Lunatic asylums Central Provinces reports 1874-1885 - 1874-1885
Year: 1874
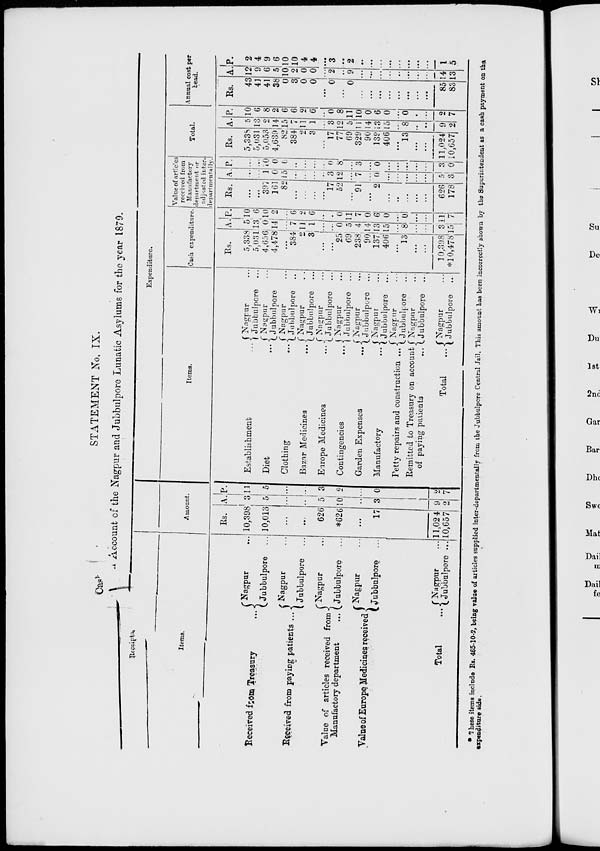
STATEMENT No, IX.
Account of the Nagpur and Jubbulpore Lunatic Asylums for the year 1879.
Receipts.
Items.
Received from Treasury ...
Receired from paying patients ...
Value of articles received from
Manufactory department ...
Value of Europe Medicines received
Total ...
Nagpur ...
Jubbulpore ...
Nagpur ...
Jubbulpore ...
Nagpur ...
Jubbulpore ...
Nagpur ...
Jubbulpore ...
Nagpur ...
Jubbulpore
...
Amount.
Rs.
10,398
10,013
...
... 626
*626
...
17
11,024
10,657
A.
3
5
...
...
5
10
...
3
9
2
P.
11
5
...
...
3
2
...
0
2
7
Expenditure.
Items.
Establishment ...
Diet
...
Clothing
...
Bazar Medicines
...
Europe Medicines
...
Contingencies
...
Garden Expenses
...
Manufactory
...
Petty repairs and construction ...
Remitted to Treasury on account
of paying
patients
...
Total
...
Nagpur ...
Jubbulpore ...
Nagpur ...
Jubbulpore ...
Nagpur ...
Jubbulpore ...
Nagpur
...
Jubbulpore ...
Nagpur ...
Jubbulpore ...
Nagpur ...
Jubbulpore ...
Nagpur ...
Jubbulpore ...
Nagpur ...
Jubbulpore ...
Nagpur ...
Jubbulpore ...
Nagpur ...
Jubbulpore ...
Nagpur ...
Jubbulpore ...
Cash expenditure.
Rs.
5,338
5,031
4,656
4,478
...
384
2
3
...
...
25
69
238
90
137
406
... 13
...
...
10,398
*10,478
A.
5
13
0
14
7
11
1
...
...
0
5
4
14
13
15
...
8
...
...
3
15
P.
10
6
10
2
...
6
2
6
...
... 0
11
7
0
6
0
...
0
...
...
11
7
Value of articles
received from
Manufactory
department or
adjusted inter.
departmentally.
Rs.
...
...
397
161
82
...
...
...
...
17
52
...
91
...
2
...
...
... ...
... 626
178
A.
...
...
1
0
15
...
...
...
..
3
12
...
7
...
0
...
...
...
...
...
5
3
P.
...
...
10
0
6
...
...
...
...
0
8
...
3
...
0
...
...
...
...
...
3
0
Total.
Rs.
5,338
5,031
5,053
4,639
82
384
2
3
...
17
77
69
329
90
139
406
...
13
...
...
11,024
10,657
A.
5
13
2
14
15
7
11
1
...
3
12
5
11
14
13
15
...
8
...
... 9
2
P.
10
6
8
2
6
6
2
6
..
0
8
11
10
0
6
0
...
0
...
...
2
7
Annual cost-per
head.
Rs.
43
41
41
38
0
3
0
0
...
0
...
0
...
...
...
...
...
...
...
...
85
83
A.
12
9
6
5
10
2
0
0
...
2
..
9
...
...
...
...
...
...
...
...
14
13
P.
2
4
9
6
10
10
4
4
...
3
...
2
...
...
...
...
...
...
...
...
1
5
* These items include Rs. 465-10-2, being value of articles supplied inter-departmentally from the Jubbulpore Central Jail. This amount has been incorrectly shown by the Superintendent as a cash payment on the
expenditure side.